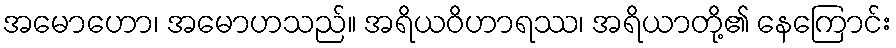
အမောဟော၊ အမောဟသည်။ အရိယဝိဟာရဿ၊ အရိယာတို့၏ နေကြောင်း